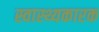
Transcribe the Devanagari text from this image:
स्वास्थ्यकारक